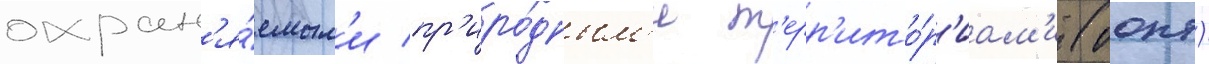
охран'я́емым'и пр'иро́дным'и т'ерр'ито́р'иам'и (оопт)